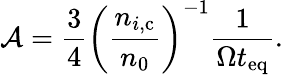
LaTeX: \mathcal{A}=\frac{3}{4}\left(\frac{n_{i,\mathrm{c}}}{n_{0}}\right)^{-1}\frac{1}{\Omega t_{\mathrm{eq}}}.